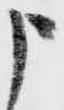
申